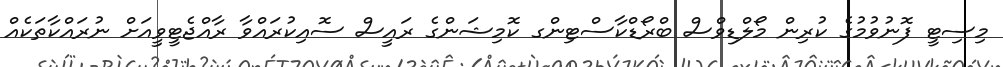
މިސިޓީ ފޮނުވުމުގެ ކުރިން މޯލްޑިވްސް ބްރޯޑްކާސްޓިންގ ކޮމިޝަންގެ ރައީސް ސޮއިކުރައްވާ ރާއްޖެޓީވީއަށް ނުރައްކާތަކެއް